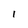
Character: I